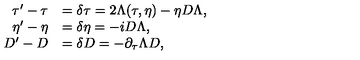
\begin{array} { r l } { \tau ^ { \prime } - \tau } & { = \delta \tau = 2 \Lambda ( \tau , \eta ) - \eta D \Lambda , } \\ { \eta ^ { \prime } - \eta } & { = \delta \eta = - i D \Lambda , } \\ { D ^ { \prime } - D } & { = \delta D = - \partial _ { \tau } \Lambda D , } \\ \end{array}